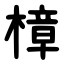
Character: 樟